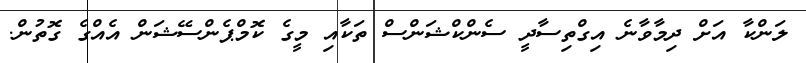
ލަންކާ އަށް ދިމާވާނެ އިގްތިސާދީ ސެންކްޝަންސް ތަކާއި މީގެ ކޮމްޕެންސޭޝަން އެއްގެ ގޮތުން.